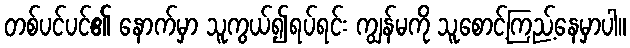
တစ်ပင်ပင်၏ နောက်မှာ သူကွယ်၍ရပ်ရင်း ကျွန်မကို သူစောင့်ကြည့်နေမှာပါ။